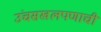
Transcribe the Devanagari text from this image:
उंचसखलपणाची